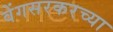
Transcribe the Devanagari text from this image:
वेंगसरकरच्या